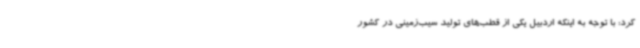
کرد: با توجه به اینکه اردبیل یکی از قطب‌های تولید سیب‌زمینی در کشور